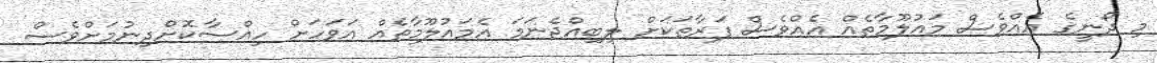
މި ދޯނީގެ އެއްވެސް މައުލޫމާތެއް އެއްވެސް ފަރާތަކަށް ލިބިއްޖެނަމަ އެމައުލޫމާތެއް އަވަހަށް ހިއްސާކޮށްދިނުމަށްވެސް